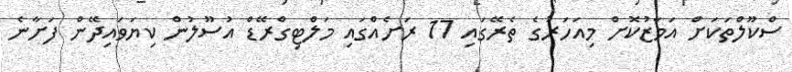
ސްކޫލްތަކަށް އަމާޒުކޮށް މިއަހަރުގެ ތެރޭގައި 17 ރަށެއްގައި މަލްޓިގްރޭޑް އުސޫލުން ކިޔަވައިދޭން ފަށާނެ